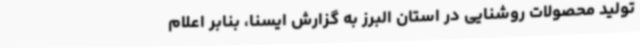
تولید محصولات روشنایی در استان البرز به گزارش ایسنا، بنابر اعلام